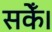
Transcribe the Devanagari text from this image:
सकेँ।